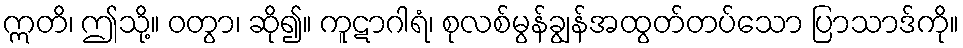
ဣတိ၊ ဤသို့။ ဝတွာ၊ ဆို၍။ ကူဋာဂါရံ၊ စုလစ်မွန်ချွန်အထွတ်တပ်သော ပြာသာဒ်ကို။